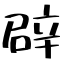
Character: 辟